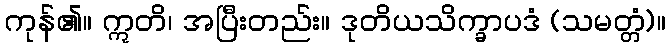
ကုန်၏။ ဣတိ၊ အပြီးတည်း။ ဒုတိယသိက္ခာပဒံ (သမတ္တံ)။